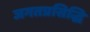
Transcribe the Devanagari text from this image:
जगतप्रसिद्धि